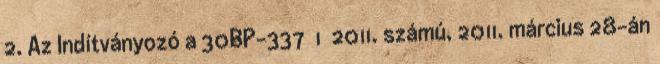
2. Az Indítványozó a 30BP-337 1 2011. számú, 2011. március 28-án